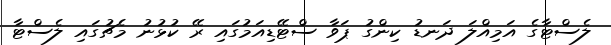
ލެސްޓާގެ އަމިއްލަ ދަނޑު ކިންގު ޕަވާ ސްޓޭޑިއަމުގައި ރޭ ކުޅުނު މެޗުގައި ލެސްޓާ